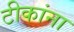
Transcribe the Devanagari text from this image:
टीकांना